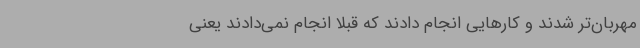
مهربان‌تر شدند و کارهایی انجام دادند که قبلاً انجام نمی‌دادند یعنی